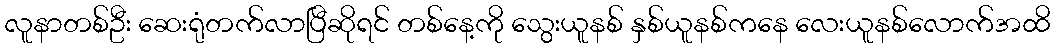
လူနာတစ်ဦး ဆေးရုံတက်လာပြီဆိုရင် တစ်နေ့ကို သွေးယူနစ် နှစ်ယူနစ်ကနေ လေးယူနစ်လောက်အထိ